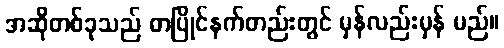
အဆိုတစ်ခုသည် တပြိုင်နက်တည်းတွင် မှန်လည်းမှန် မည်။